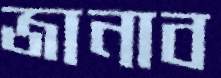
জানাব